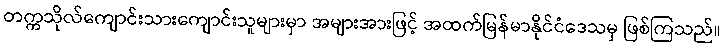
တက္ကသိုလ်ကျောင်းသားကျောင်းသူများမှာ အများအားဖြင့် အထက်မြန်မာနိုင်ငံဒေသမှ ဖြစ်ကြသည်။